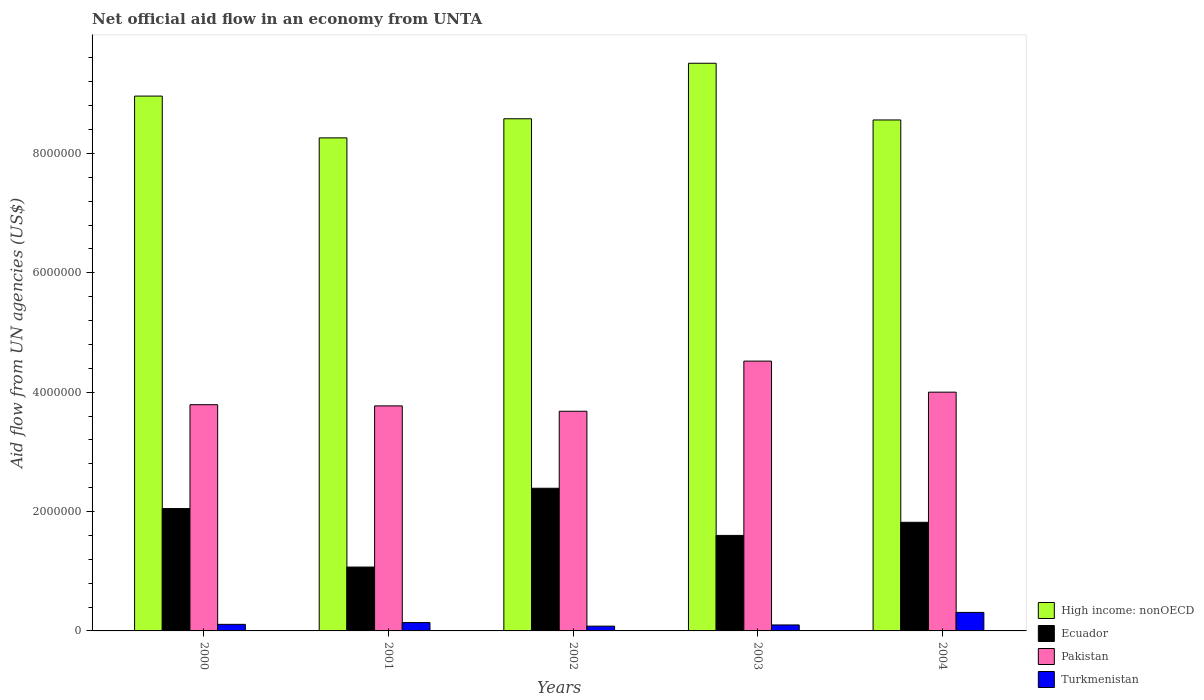
| Years | High income: nonOECD | Ecuador | Pakistan | Turkmenistan |
 | --- | --- | --- | --- | --- |
 | 2000 | 8.96e+06 | 2.05e+06 | 3.79e+06 | 1.1e+05 |
 | 2001 | 8.26e+06 | 1.07e+06 | 3.77e+06 | 1.4e+05 |
 | 2002 | 8.58e+06 | 2.39e+06 | 3.68e+06 | 8e+04 |
 | 2003 | 9.51e+06 | 1.6e+06 | 4.52e+06 | 1e+05 |
 | 2004 | 8.56e+06 | 1.82e+06 | 4e+06 | 3.1e+05 |